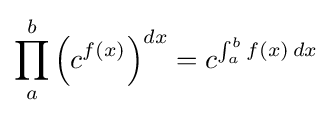
\prod _{a}^{b}\left(c^{f(x)}\right)^{dx}=c^{\int _{a}^{b}f(x)\,dx}